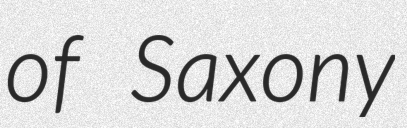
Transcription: of Saxony